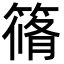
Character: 𮆀